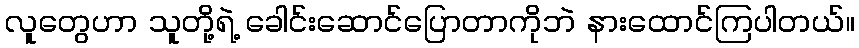
လူတွေဟာ သူတို့ရဲ့ ခေါင်းဆောင်ပြောတာကိုဘဲ နားထောင်ကြပါတယ်။